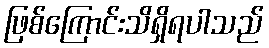
ဖြစ်ကြောင်းသိရှိရပါသည်